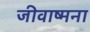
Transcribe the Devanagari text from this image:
जीवाष्मना